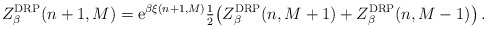
\begin{align*}Z_\beta^{\rm DRP}(n+1,M) = \mathrm{e}^{\beta \xi(n+1, M) } \tfrac{1}{2}\big( Z_\beta^{\rm DRP}(n,M+1) + Z_\beta^{\rm DRP}(n,M-1)\big)\,.\end{align*}